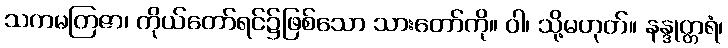
သကမတြဇာ၊ ကိုယ်တော်ရင်၌ဖြစ်သော သားတော်ကို။ ဝါ၊ သို့မဟုတ်။ နန္ဒုတ္တရံ၊